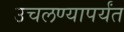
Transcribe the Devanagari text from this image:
उचलण्यापर्यंत